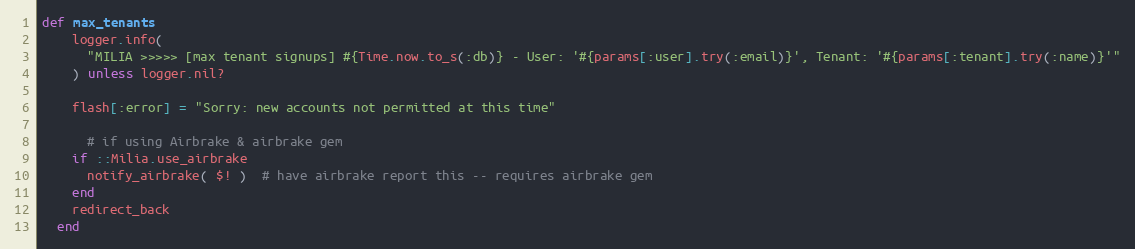
Language: Ruby
def max_tenants
    logger.info(
      "MILIA >>>>> [max tenant signups] #{Time.now.to_s(:db)} - User: '#{params[:user].try(:email)}', Tenant: '#{params[:tenant].try(:name)}'"
    ) unless logger.nil?

    flash[:error] = "Sorry: new accounts not permitted at this time"

      # if using Airbrake & airbrake gem
    if ::Milia.use_airbrake
      notify_airbrake( $! )  # have airbrake report this -- requires airbrake gem
    end
    redirect_back
  end